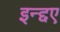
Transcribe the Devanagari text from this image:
इन्द्दए